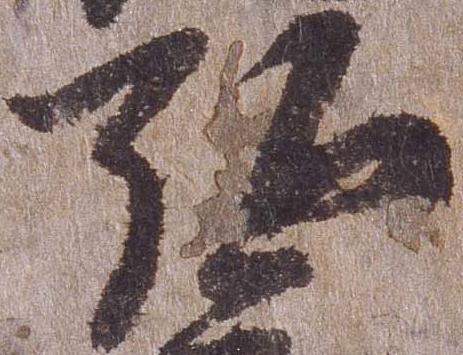
弘